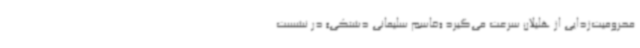
محرومیت‌زدایی از هلیلان سرعت می‌گیرد «قاسم سلیمانی دشتکی» در نشست